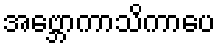
အဗ္ဘောကာသိကာပေ